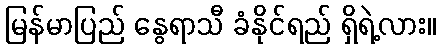
မြန်မာပြည် နွေရာသီ ခံနိုင်ရည် ရှိရဲ့လား။